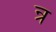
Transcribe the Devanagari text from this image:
न्र